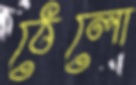
ঠেলো